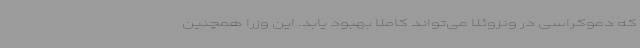
که دموکراسی در ونزوئلا می‌تواند کاملاً بهبود یابد. این وزرا همچنین